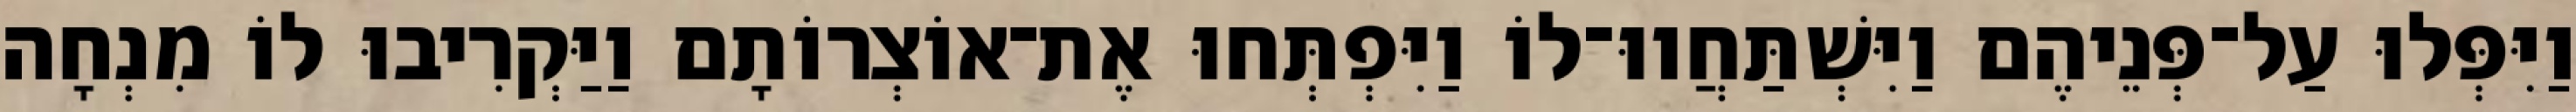
וַיִּפְּלוּ עַל־פְּנֵיהֶם וַיִּשְׁתַּחֲווּ־לוֹ וַיִּפְתְּחוּ אֶת־אוֹצְרוֹתָם וַיַּקְרִיבוּ לוֹ מִנְחָה